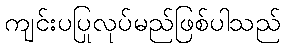
ကျင်းပပြုလုပ်မည်ဖြစ်ပါသည်